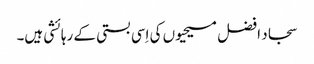
سجاد افضل مسیحیوں کی اِسی بستی کے رہائشی ہیں۔